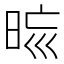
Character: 𣆬